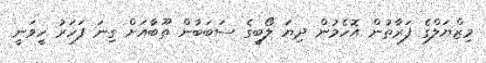
މިޒްޔަލްގެ ފަރާތުން އޮހެމުން ދިޔަ ލޯބީގެ ސަބަބުން ތޫބާއަށް ގިނަ ފަހަރު ހީވަނީ